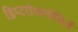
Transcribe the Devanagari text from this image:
डिप्टरोकार्पेसिई